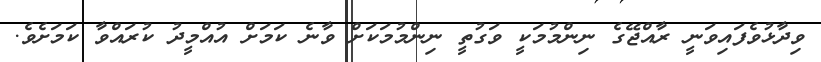
ވިދާޅުވެފައިވަނީ ރާއްޖޭގެ ނިންމުމަކީ ވަގުތީ ނިންމުމަކަށް ވާނެ ކަމަށް އުއްމީދު ކުރައްވާ ކަމަށެވެ.